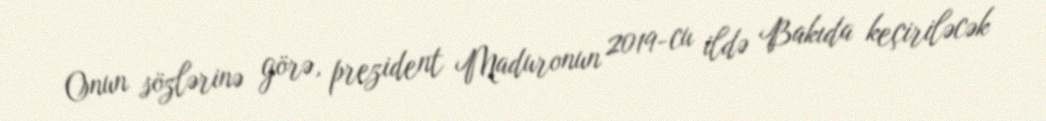
Onun sözlərinə görə, prezident Maduronun 2019-cu ildə Bakıda keçiriləcək